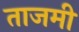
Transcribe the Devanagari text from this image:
ताजमी